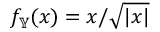
f _ { \mathbb { Y } } ( x ) = x / \sqrt { | x | }